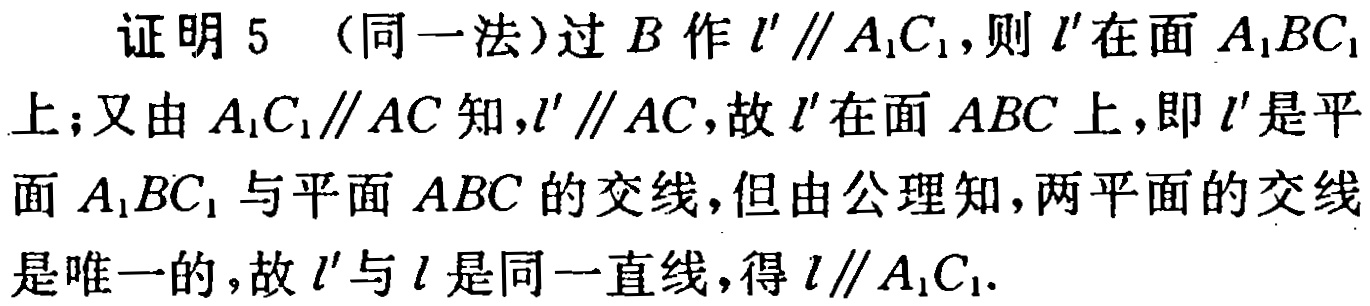
证明5（同一法）过\(B\)作\(l'\parallel A_{1}C_{1}\)，则\(l'\)在面\(A_{1}BC_{1}\)上；又由\(A_{1}C_{1}\parallel AC\)知，\(l'\parallel AC\)，故\(l'\)在面\(ABC\)上，即\(l'\)是平面\(A_{1}BC_{1}\)与平面\(ABC\)的交线，但由公理知，两平面的交线是唯一的，故\(l'\)与\(l\)是同一直线，得\(l\parallel A_{1}C_{1}\)。